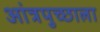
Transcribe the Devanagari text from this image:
आंत्रपुच्छाला